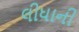
લીધાની